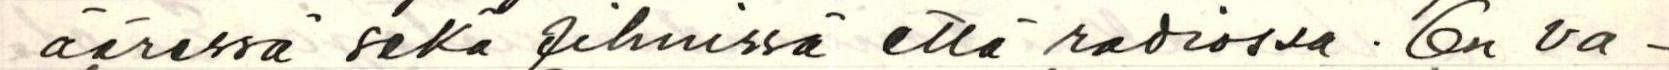
ääressä sekä filmissä että radiossa. On va-